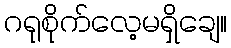
ဂရုစိုက်လေ့မရှိချေ။